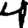
Digit: 4